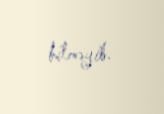
bilməyib.